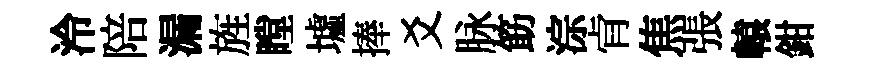
泠陪漏旌瞠墟捧爻脉筯淙肻焦張轅鉗